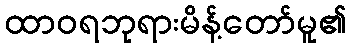
ထာဝရဘုရားမိန့်တော်မူ၏